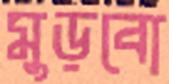
মুড়বো